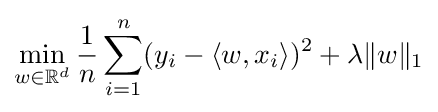
\min _{w\in \mathbb {R} ^{d}}{\frac {1}{n}}\sum _{i=1}^{n}(y_{i}-\langle w,x_{i}\rangle )^{2}+\lambda \|w\|_{1}